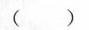
()